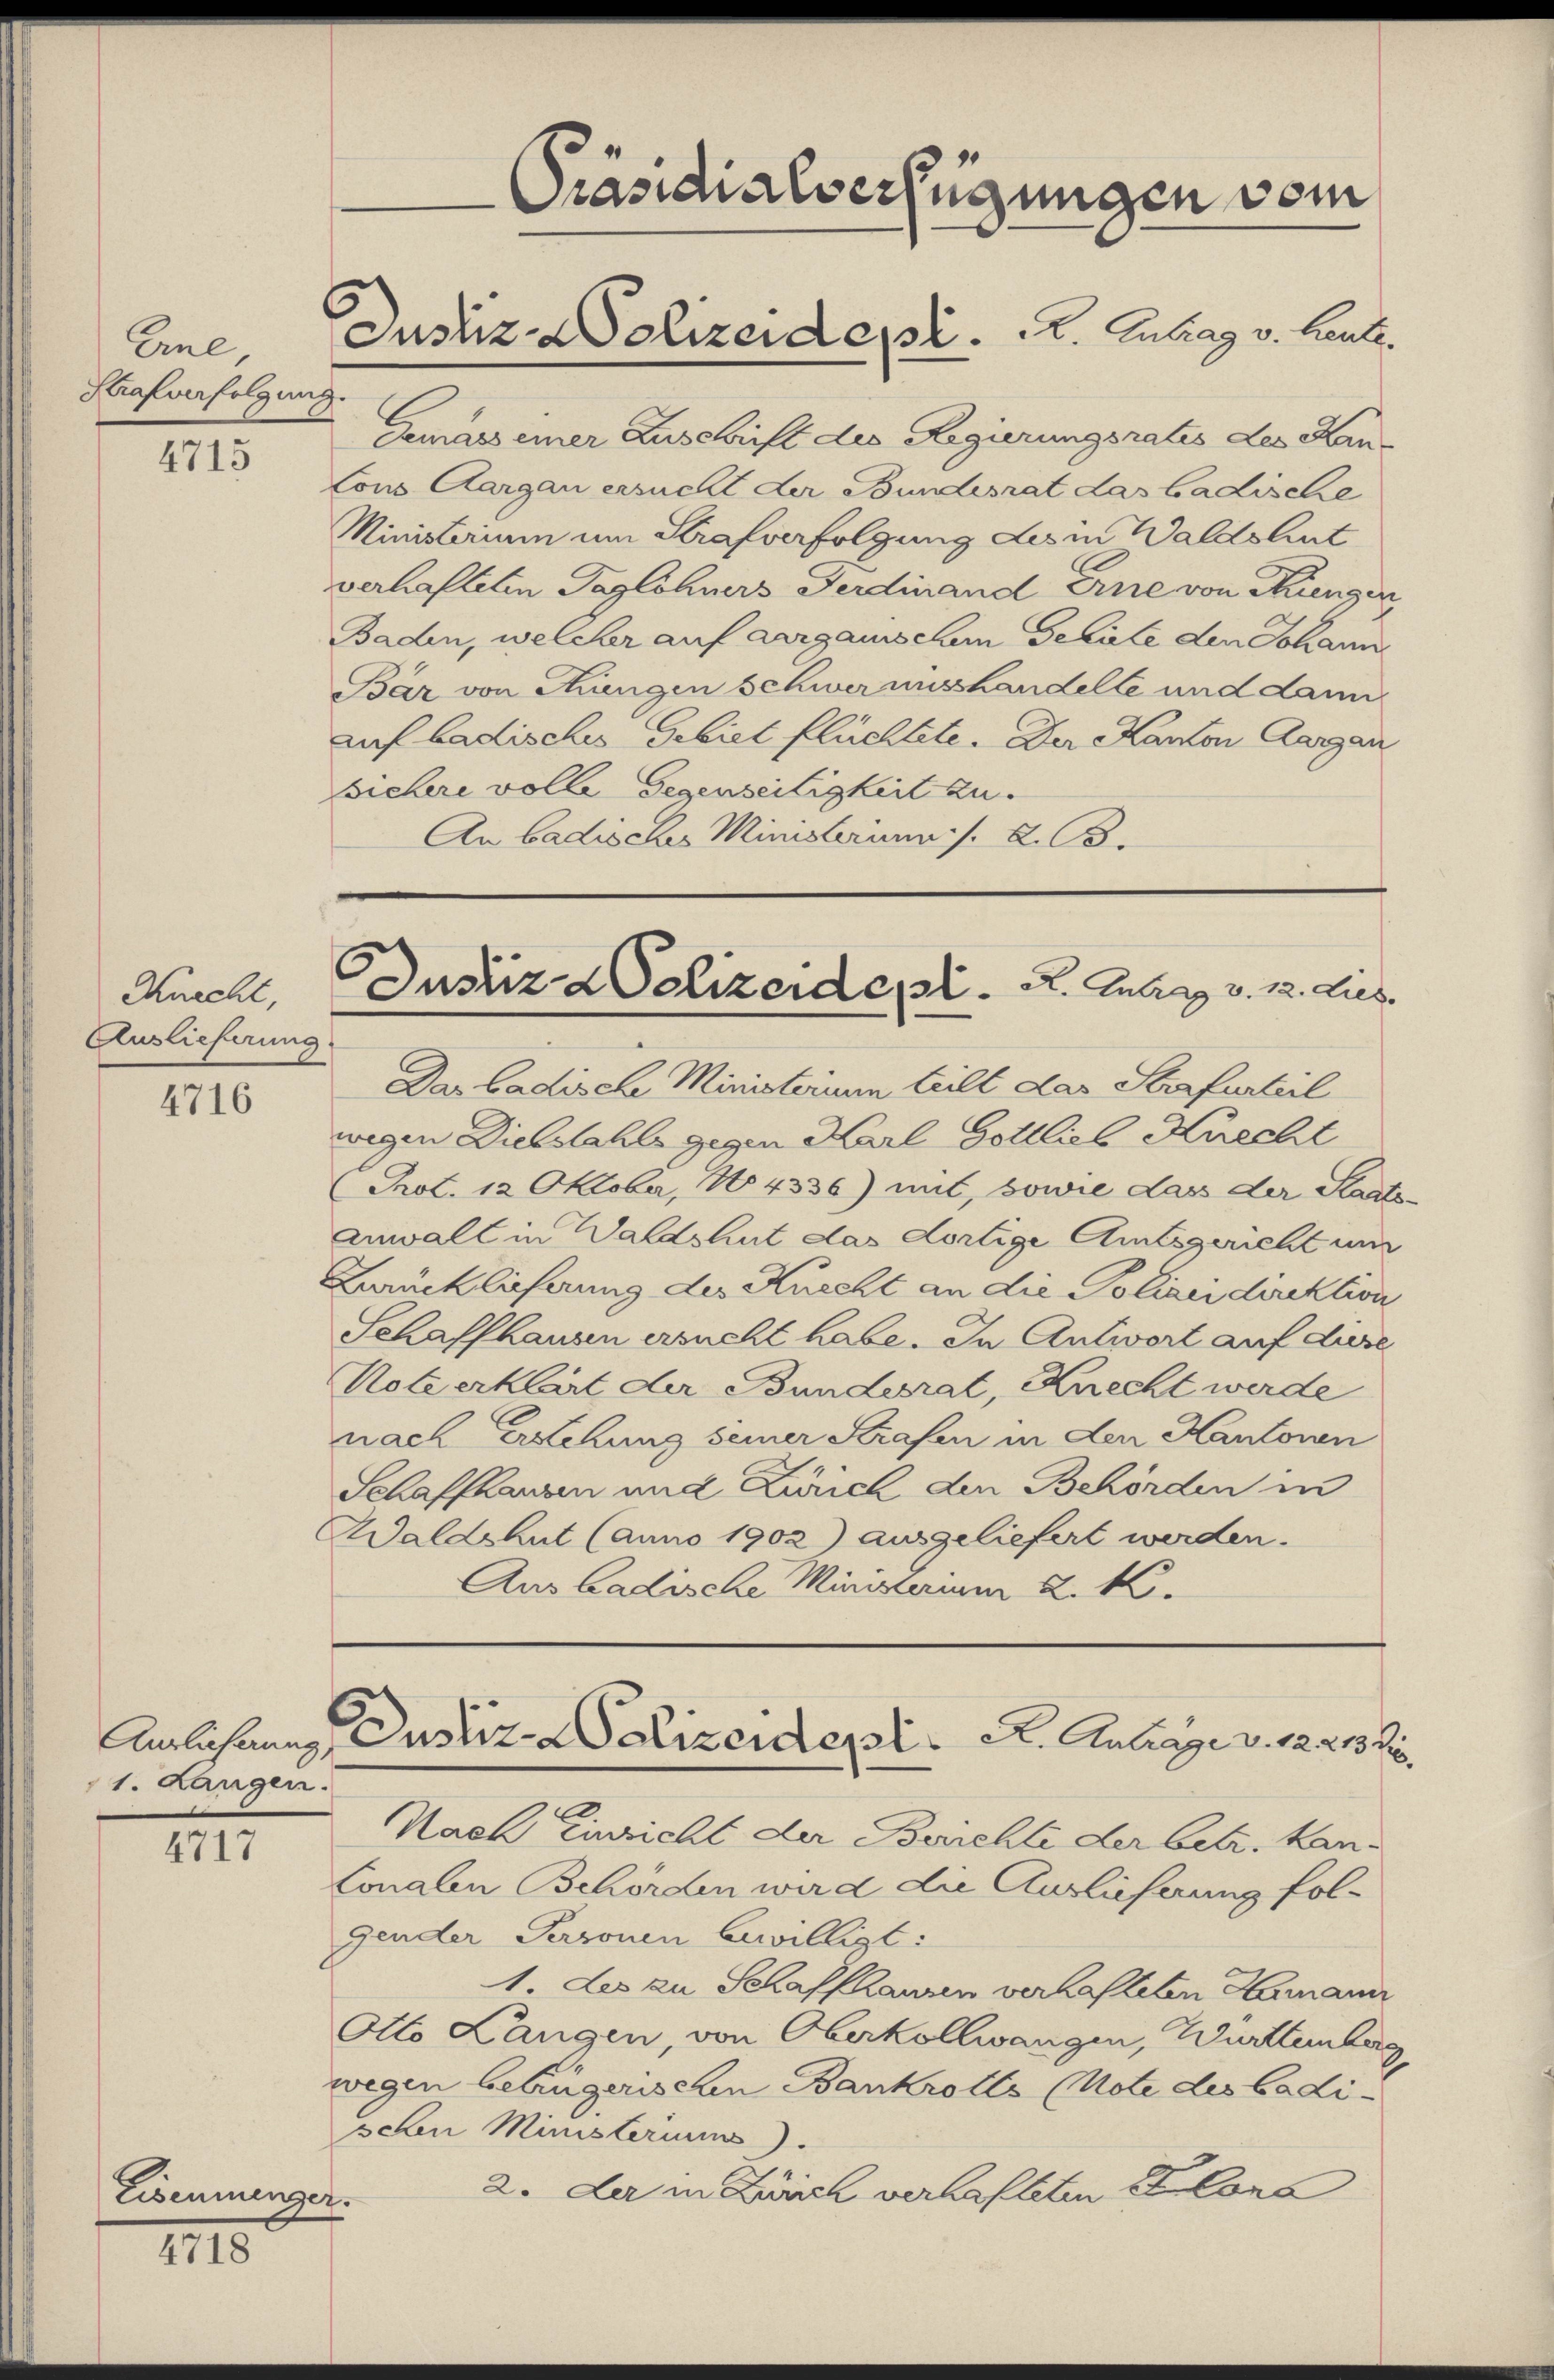
Eiel,
Krafverfolgung.

4715

Knecht,
Auslieferung.

4716

1. Langen.

4717

Eisenmenger.

1115.

Gemars einer Zuschrift des Regierungsrates des Kan-
lons Aargau ersucht der Bundesrat das badische
Ministerium um Strafverfolgung des in Waldsleut
verhafteten Taglöhners Ferdinand Eine von Hungen
Baden, welcher auf aargauischen Geräte den Johann
Bär von Hungen schwer misshandelle und dann
auf badisches Gebiet flüchtete. Der Kanton Aargau
sichere volle Gegenseitigkeit zu.
An badisches Ministerium /. d. B.

Justiz Dolizeident. 2. Antrag v. Leute.

Präsidialverfügungen vom

C
e
Justiz Dolizeidet. A. Antrag v. 12. Lies.

Das Ladische Ministerium teilt das Strafurteil
wegen Diebstahls gegen Karl Gottlieb Knecht
Prot. 12 Oktober, No 4336) mit, sowie das der Staatsanwalt in Waldshut das dortige Amtsgericht und
Zurücklicherung des Knecht an die Polizeidirektion
Schaffhausen ersucht habe. In Antwort auf diese
Notzerklärt der Bundesrat, Knecht werde
nach Erstehung seiner Strafen in den Kantonen
Schaffhausen und Zürich den Behörden in
Waldshut (anno 1902) ausgeliefert werden.
Aus Badische Ministerium 2. M.

Anlehnung Dustiz-Polizeiderst. A. Antrage v. 1221 f.

Nach Einsicht der Berichte der betr. kan¬
Conalen Behörden wird die Auslieferung folgender Paronen Erwilligt:
1. Les zu Schaffhausen verhasleiten Hermann
Otto Langen, von Oberkollwangen, Württemberg,
wegen betrügerischen Bankrotts (Note des badisehn Ministeriums.
2. Der in Zürich verhafteten Kolona